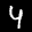
Label: 4